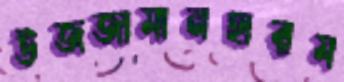
উজজামানহারম